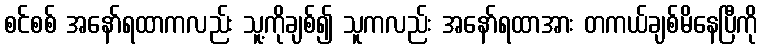
စင်စစ် အနော်ရထာကလည်း သူ့ကိုချစ်၍ သူကလည်း အနော်ရထာအား တကယ်ချစ်မိနေပြီကို